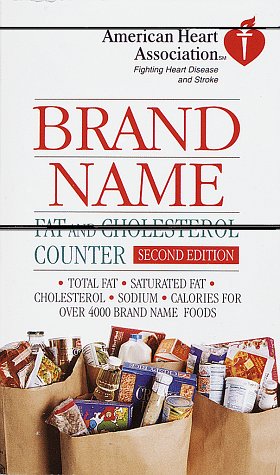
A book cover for American Heart Association Brand Name Fat and Cholesterol Counter, Second Edition; American Heart Association; Health, Fitness & Dieting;